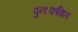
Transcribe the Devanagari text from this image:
पुनःकथित